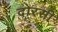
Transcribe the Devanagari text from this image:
दोरसी